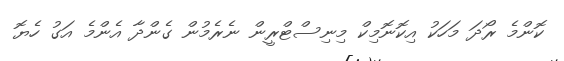
ކޮންމެ ރޯދަ މަހަކު އިކޮނޮމިކް މިނިސްޓްރީން ނެރެމުން ގެންދާ އެންމެ އަގު ހެޔޮ